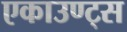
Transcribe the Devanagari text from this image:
एकाउण्ट्स